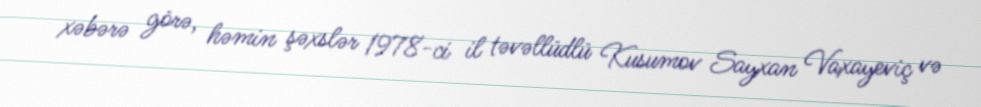
xəbərə görə, həmin şəxslər 1978-ci il təvəllüdlü Kusumov Sayxan Vaxayeviç və